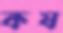
কষ